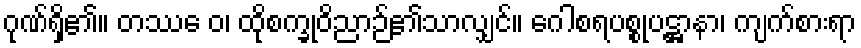
ဂုဏ်ရှိ၏။ တဿေ ဝ၊ ထိုစက္ခုဝိညာဉ်၏သာလျှင်။ ဂေါစရပစ္စုပဋ္ဌာနာ၊ ကျက်စားရာ